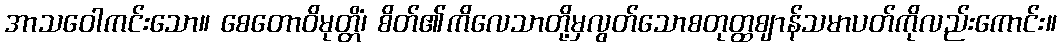
အာသဝေါကင်းသော။ စေတောဝိမုတ္တိံ၊ စိတ်၏ကိလေသာတို့မှလွတ်သောစတုတ္ထဈာန်သမာပတ်ကိုလည်းကောင်း။